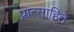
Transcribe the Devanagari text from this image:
प्रात्साहित